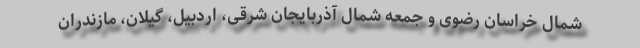
شمال خراسان رضوی و جمعه شمال آذربایجان شرقی، اردبیل، گیلان، مازندران